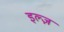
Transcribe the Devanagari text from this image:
इल्ज़